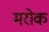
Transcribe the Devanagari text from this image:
मरोक